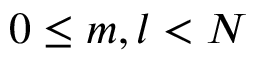
0 \le m , l < N